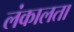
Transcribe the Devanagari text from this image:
लंकालता